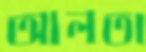
আলতা